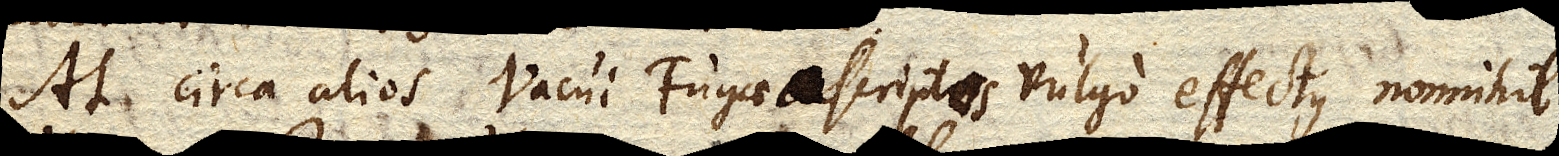
At circa alios Vacui Fugae ascriptos vulgo effectus nonnihil